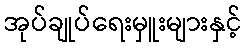
အုပ်ချုပ်ရေးမှူးများနှင့်